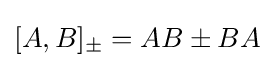
[A,B]_{\pm }=AB\pm BA